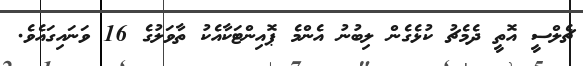
ޗެލްސީ އޮތީ ދެމެޗު ކުޅެގެން ލިބުނު އެންމެ ޕޮއިންޓަކާއެކު ތާވަލުގެ 16 ވަނައިގައެވެ.